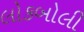
લોકબોલી